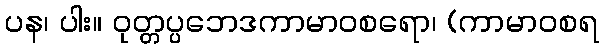
ပန၊ ပါး။ ဝုတ္တပ္ပဘေဒကာမာဝစရော၊ (ကာမာဝစရ